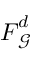
{ \boldsymbol { F } } _ { \mathcal { G } } ^ { d }